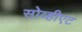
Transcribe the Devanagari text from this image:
सोव्हीएट